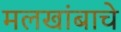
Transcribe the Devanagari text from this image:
मलखांबाचे